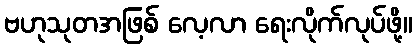
ဗဟုသုတအဖြစ် လေ့လာ ရေးလိုက်လုပ်ဖို့။